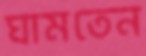
ঘামতেন